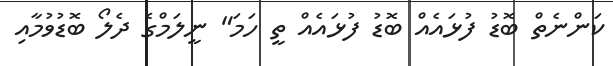
ކަންނެތް ބޮޑު ފުޅައެއް ބޮޑު ފުޅައެއް ތީ ހަމަ" ނީލަމްގެ ދެލޯ ބޮޑުވުމާއި